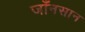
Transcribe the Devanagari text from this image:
जाँनसान